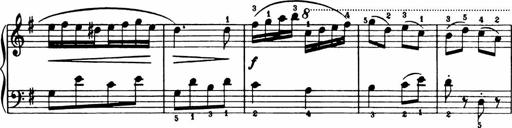
Title: Analytical Sonatinas
Composer: Frank Lynes